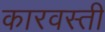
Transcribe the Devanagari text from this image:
कारवस्ती